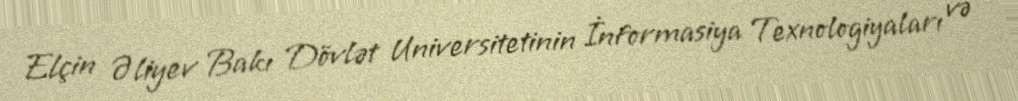
Elçin Əliyev Bakı Dövlət Universitetinin İnformasiya Texnologiyaları və